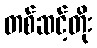
တစ်ဆင့်တိုး